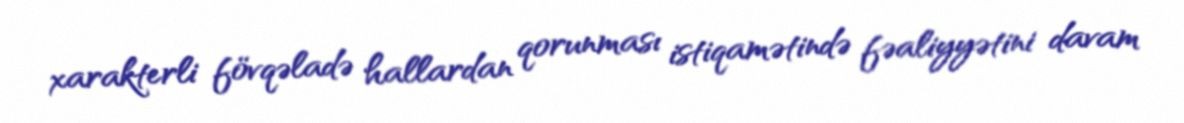
xarakterli fövqəladə hallardan qorunması istiqamətində fəaliyyətini davam